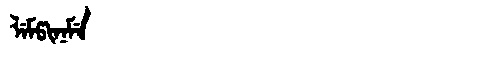
Manchu: ᠯᡝᠮᡦᡳᠨᡝᠮᡝ
Romanization: LEMPINEME